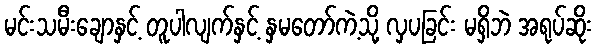
မင်းသမီးချောနှင့် တူပါလျက်နှင့် နှမတော်ကဲ့သို့ လှပခြင်း မရှိဘဲ အရုပ်ဆိုး